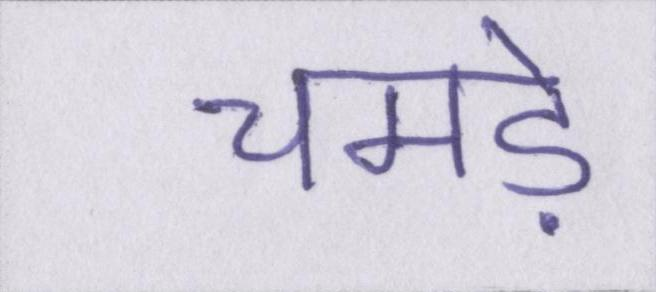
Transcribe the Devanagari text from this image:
चमड़े